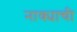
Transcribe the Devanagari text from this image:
नाक्याची